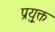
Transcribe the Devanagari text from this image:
प्रयु्क्त